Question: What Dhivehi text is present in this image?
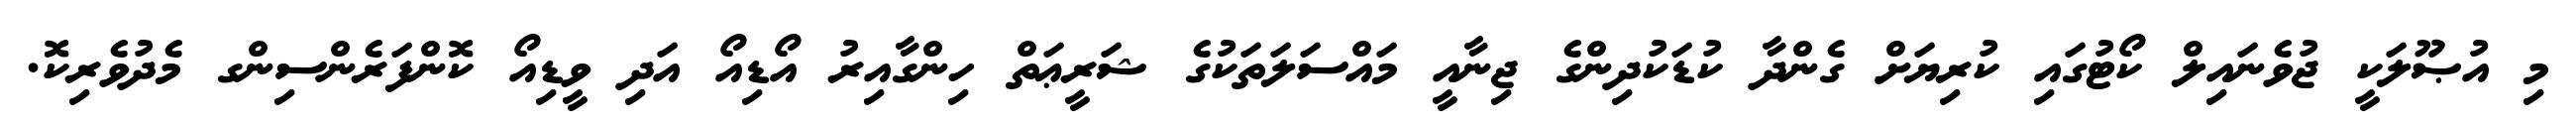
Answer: މި އުޞޫލަކީ ޖުވެނައިލް ކޯޓުގައި ކުރިޔަށް ގެންދާ ކުޑަކުދިންގެ ޖިނާއީ މައްސަލަތަކުގެ ޝަރީޢަތް ހިންގާއިރު އޯޑިއޯ އަދި ވީޑިއޯ ކޮންފަރެންސިންގ މެދުވެރިކޮ.